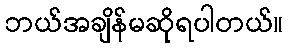
ဘယ်အချိန်မဆိုရပါတယ်။